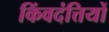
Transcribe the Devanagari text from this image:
किंवदंत्तियों